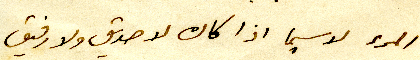
المرء لاسيما اذا كان لا صديق ولا رفيق